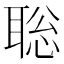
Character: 聡